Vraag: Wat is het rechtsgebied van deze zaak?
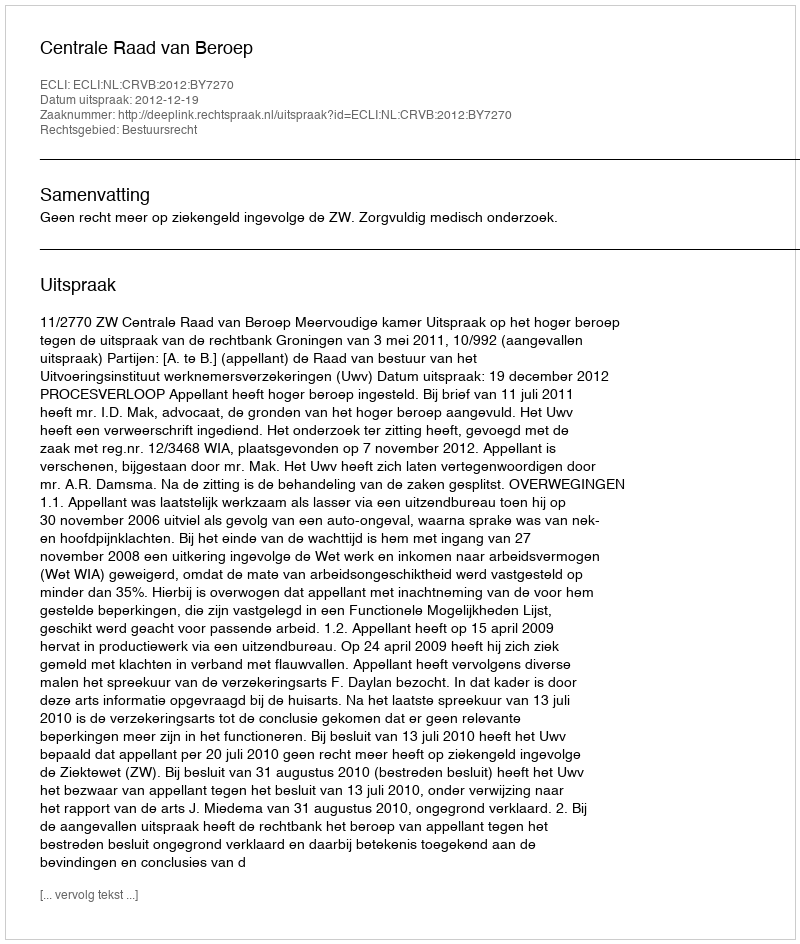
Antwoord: Bestuursrecht